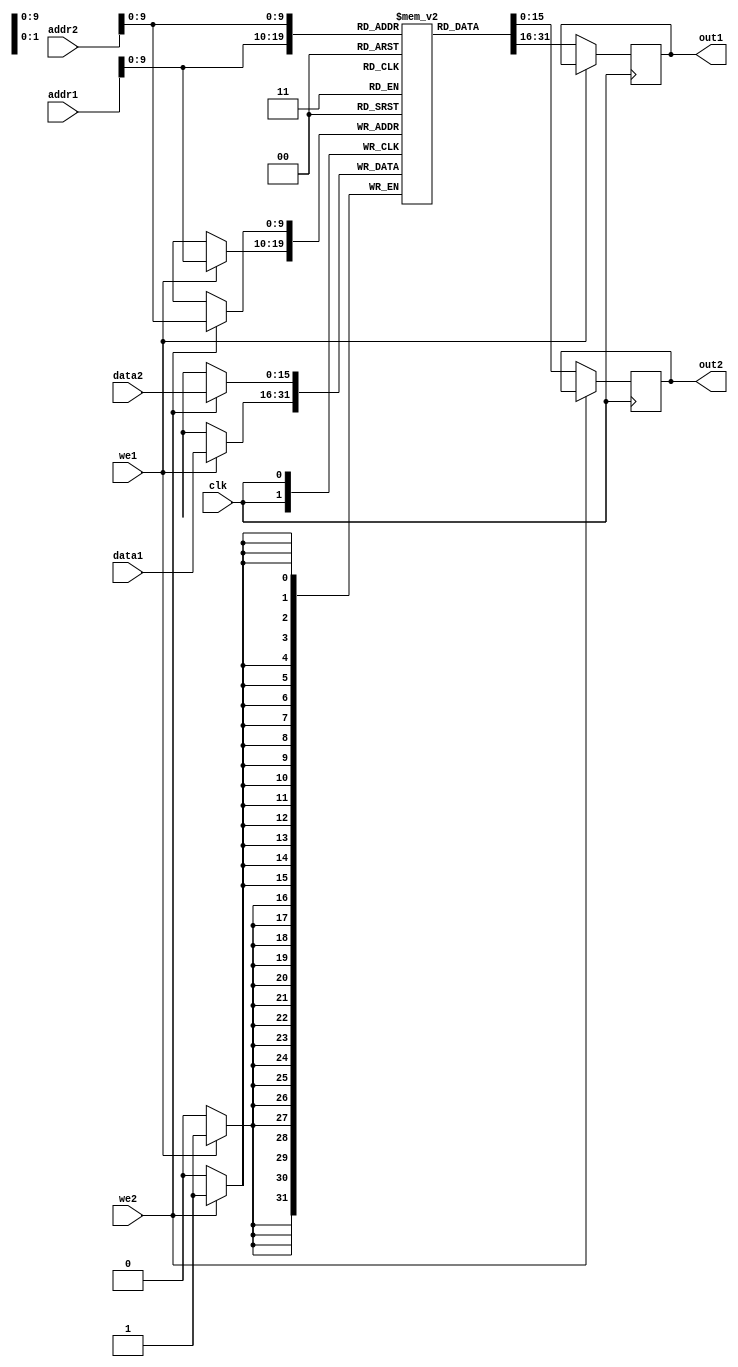
`timescale 1ns / 1ps
//16-data lines and 20-address lines
//16*1024 RAM
module dual_port_ram(
    input [15:0]data1, data2, //input data
    input [19:0]addr1, addr2, //addresses
    input we1, we2, //write enables
    input clk, //clock
    output reg[15:0]out1, out2 //output
    );
    
    reg [15:0]ram[1023:0]; // 1024 memory locations, so we require 20 address lines to represent the 1024 locations and each location has 16-bit data
    
    always@(posedge clk)
        if(we1)
            ram[addr1]<=data1;
        else
            out1<=ram[addr1];
   
   always@(posedge clk)
        if(we2)
            ram[addr2]<=data2;
        else
            out2<=ram[addr2]; 
endmodule